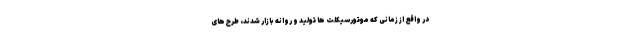
در واقع از زمانی که موتورسیکلت ها تولید و روانه بازار شدند، طرح های